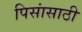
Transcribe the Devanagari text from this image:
पिसांसाठी